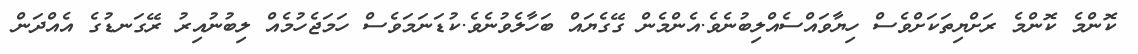
ކޮންމެ ކޮންމެ ރަށްޔިތަކަށްވެސް ހިޔާވައްސެއްލިބުނެވެ.އެންމެން ގޭގެޔައް ބަހާލެވުނެވެ.ކުޑަނަމަވެސް ހަމަޖެހުމެއް ލިބުނުއިރު ރޭގަނޑުގެ އެއްދަން